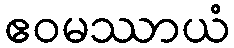
ဧဝမဿာယံ